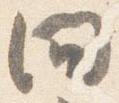
間